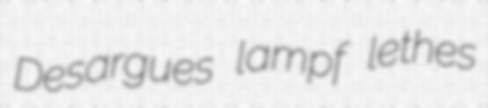
Desargues lampf lethes